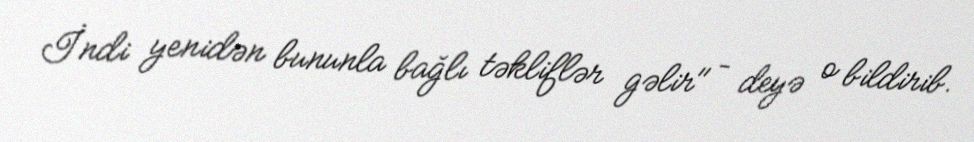
İndi yenidən bununla bağlı təkliflər gəlir" – deyə o bildirib.